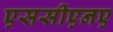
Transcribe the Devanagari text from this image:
एससीएनए